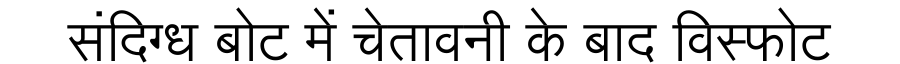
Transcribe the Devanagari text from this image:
संदिग्ध बोट में चेतावनी के बाद विस्फोट